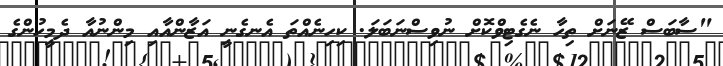
"ސާބަސް ޒޭނަށް ތިހާ ނެގެޓިވްކޮށް ނުވިސްނަބަލަ. ކިހިނެއްތަ އެނގެނީ އަޒާންއާއި މިންނުއާ ދެމީހުންގެ